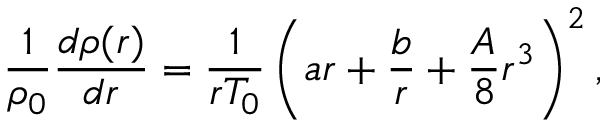
\frac { 1 } { \rho _ { 0 } } \frac { d \rho ( r ) } { d r } = \frac { 1 } { r T _ { 0 } } \left( a r + \frac { b } { r } + \frac { A } { 8 } r ^ { 3 } \right) ^ { 2 } ,